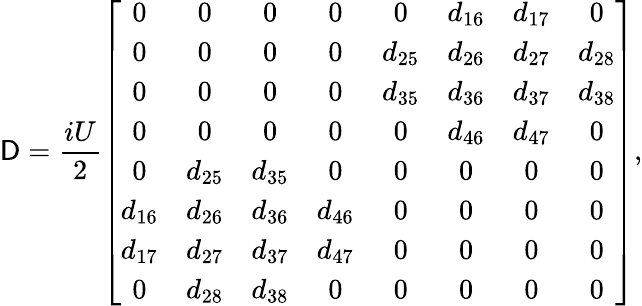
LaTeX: \mathsf{D}=\frac{{iU}}{{2}}\left[\begin{array}{cccccccc}{0}&{0}&{0}&{0}&{0}&{d_{16}}&{d_{17}}&{0}\\ {0}&{0}&{0}&{0}&{d_{25}}&{d_{26}}&{d_{27}}&{d_{28}}\\ {0}&{0}&{0}&{0}&{d_{35}}&{d_{36}}&{d_{37}}&{d_{38}}\\ {0}&{0}&{0}&{0}&{0}&{d_{46}}&{d_{47}}&{0}\\ {0}&{d_{25}}&{d_{35}}&{0}&{0}&{0}&{0}&{0}\\ {d_{16}}&{d_{26}}&{d_{36}}&{d_{46}}&{0}&{0}&{0}&{0}\\ {d_{17}}&{d_{27}}&{d_{37}}&{d_{47}}&{0}&{0}&{0}&{0}\\ {0}&{d_{28}}&{d_{38}}&{0}&{0}&{0}&{0}&{0}\end{array}\right],